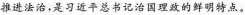
推进法治，是习近平总书记治国理政的鲜明特点。